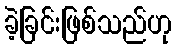
ခဲ့ခြင်းဖြစ်သည်ဟု